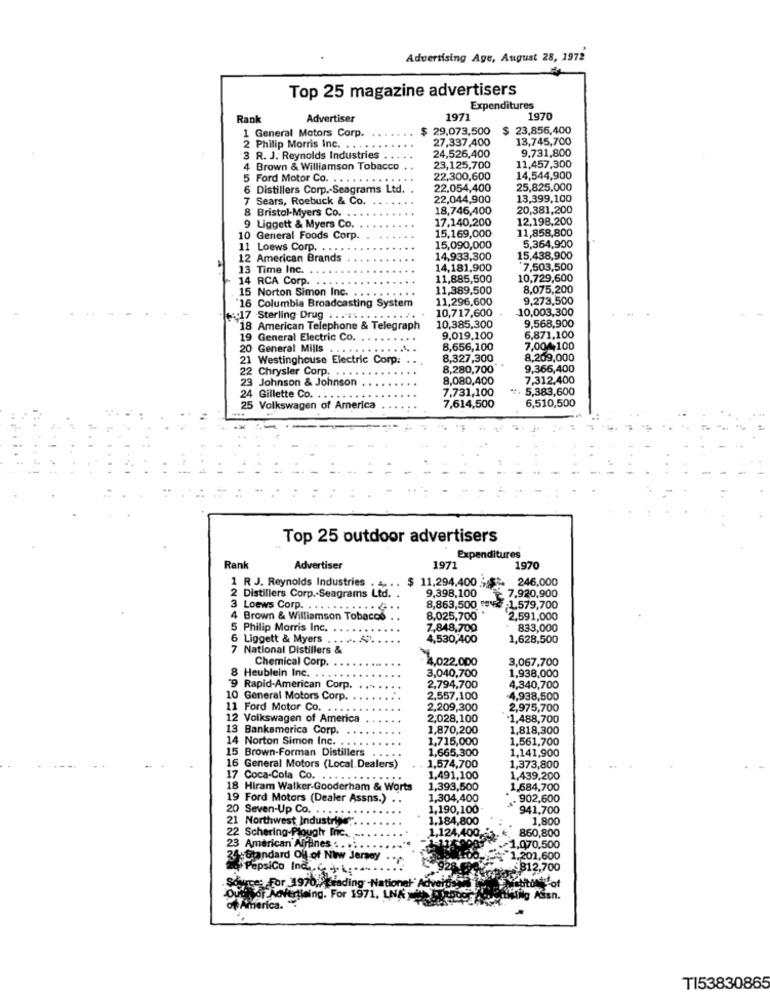
Advertising Age, August 28, 1972
Top 25 magazine advertisers
Expenditures
Rank
Advertiser
1971
1970
29,073,500
$ 23,856,400
1 General Motors Corp.
27,337,400
13,745,700
2 Philip Morris Inc. ..
9.731,800
R. J. Reynolds Industries
24,526,400
4 Brown & Williamson Tobacco
23,125,700
11,457,300
Ford Motor Co. . . .
....
22,300,600
14,544,900
Distillers Corp .- Seagrams Ltd.
22.054,400
25,825,000
Sears, Roebuck & Co.
22,044,900
13,399,100
8 Bristol-Myers Co. ..
18,746,400
20,381,200
17,140,200
12,198,200
Liggett & Myers Co.
11,858,800
10 General Foods Corp.
15,169,000
5,364,900
11 Loews Corp. . . ..
15,090,000
12 American Brands
14,933,300
15,438,900
13 Time Inc.
14,181,900
7,503,500
14 RCA Corp.
11,885,500
10,729,600
11,389,500
8,075,200
16 Columbia Broadcasting System
15 Norton Simon Inc. .. .
11,296,600
9,273,500
10,717,600
10,003,300
+:17 Sterling Drug
18 American Telephone & Telegraph
10,385,300
9,568,900
19 General Electric Co.
9,019,100
6,871,100
20 General Mills
8,656,100
7,004,100
21 Westinghouse Electric Corp.
8,327,300
8,209,000
22 Chrysler Corp.
8,280,700*
9,365,400
23 Johnson & Johnson
8,080,400
7,312,400
7,731,100
*. 5,383,600
24 Gillette Co.
25 Volkswagen of America
7,614,500
6,510,500
Top 25 outdoor advertisers
Expenditures
Rank
Advertiser
197:
1970
1 R J. Reynolds Industries . 4. .. $ 11,294,400 } $3.
246,000
2 Distillers Corp .- Seagrams Ltd.
9,398,100
7.920,900
3 Loews Corp. . .. . . .
8,863,500
-1,579,700
4 Brown & Williamson Tobacco . .
8,025,700*
2,591,000
5 Philip Morris Inc.
7,848,700
833,000
6 Liggett & Myers
4,530,400
1,628,500
7 National Distillers &
Chemical Corp
4.022,000
3,067,700
3,040,700
1,938,000
8 Heublein Inc. . .
"9 Rapid-American Corp.
2,794,700
4,340,700
10 General Motors Corp.
2,557,100
-4,938,500
11 Ford Motor Co. . . .
2,209,300
2,975,700
12 Volkswagen of America
2,028,100
1,488,700
13 Bankamerica Corp.
1,870,200
1,818,300
14 Norton Simon Inc. .
1,715,000
1,561,700
15 Brown-Forman Distillers
1,665,300
1,141,900
16 General Motors (Local Dealers)
1,574,700
1,373,800
17 Coca-Cola Co. ... . .... .....
1,491,100
1,439,200
18 Hiram Walker-Gooderham & Worts
1,393,500
1,684,700
19 Ford Motors (Dealer Assns.)
1,304,400
. 902,600
20 Seven-Up Co.
1,190,100
941,700
21 Northwest Industries
1.184,800
1,800
860,800
22 Schering-Plough Inc.
1-11700
1,124,400-
23 American Arines .. . . ..
-1,070,500
25-Standard Off of New Jersey
1.201,600
PepsiCo Inc ... . .
$812,700
Source: For 1970; Leading -National Adverts -
Outhfor Advertising. For 1971. LNA
tthtilg Assn.
of America ..
TI53830865